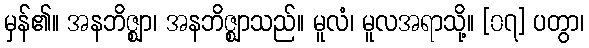
မှန်၏။ အနဘိဇ္ဈာ၊ အနဘိဇ္ဈာသည်။ မူလံ၊ မူလအရာသို့။ [၀၇] ပတွာ၊